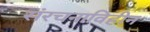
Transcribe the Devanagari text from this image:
संरचनाविहीन